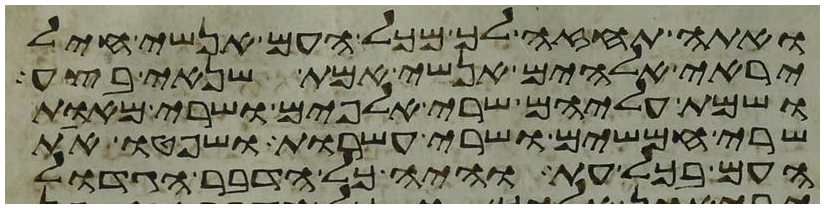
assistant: ואתה תחזה לך מכל העם אנשי חיל
יראי אלהים אנשי אמת שנאי בצע
ושמת עליהם שרי אלפים ושרי מאות
שרי חמשים ושרי עשרות ושפטו את
העם בכל עת והיה כל הדבר הגדול